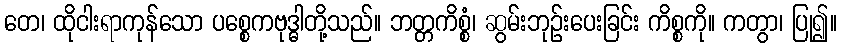
တေ၊ ထိုငါးရာကုန်သော ပစ္စေကဗုဒ္ဓါတို့သည်။ ဘတ္တကိစ္စံ၊ ဆွမ်းဘုဉ်းပေးခြင်း ကိစ္စကို။ ကတွာ၊ ပြု၍။